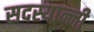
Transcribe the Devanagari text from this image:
सदस्यान्नी